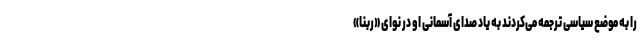
را به موضع سیاسی ترجمه می‌کردند به یاد صدای آسمانی او در نوای «ربنا»